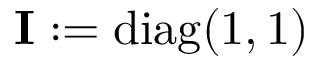
\mathbf { I } : = \mathrm { d i a g } ( 1 , 1 )